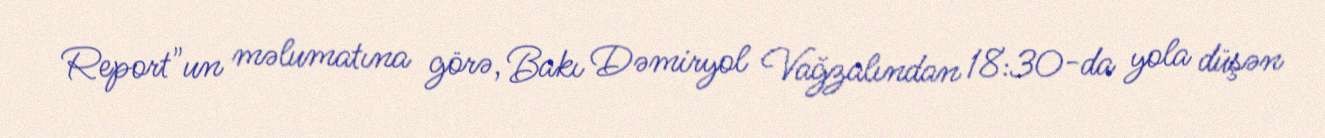
Report"un məlumatına görə, Bakı Dəmiryol Vağzalından 18:30-da yola düşən